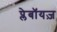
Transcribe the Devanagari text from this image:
प्लेबॉयज़